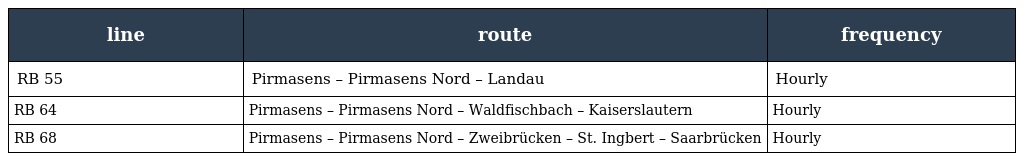
| line | route | frequency |
 | --- | --- | --- |
 | RB 55 | Pirmasens – Pirmasens Nord – Landau | Hourly |
 | RB 64 | Pirmasens – Pirmasens Nord – Waldfischbach – Kaiserslautern | Hourly |
 | RB 68 | Pirmasens – Pirmasens Nord – Zweibrücken – St. Ingbert – Saarbrücken | Hourly |